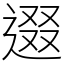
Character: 逫